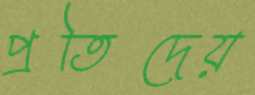
প্রতিদেয়